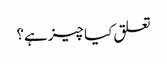
تعلق کیا چیز ہے؟